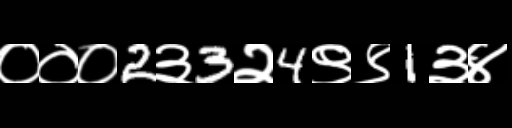
Text: ०००2३3२4९९1३४